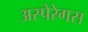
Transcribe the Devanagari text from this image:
अस्पेरेगस